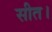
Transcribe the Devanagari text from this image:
सीत।